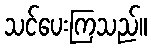
သင်ပေးကြသည်။